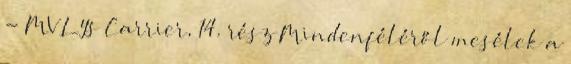
- MV Lys Carrier, 14. rész Mindenféléről mesélek a